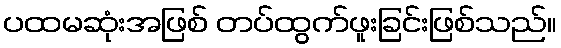
ပထမဆုံးအဖြစ် တပ်ထွက်ဖူးခြင်းဖြစ်သည်။